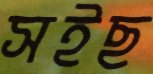
সইছ